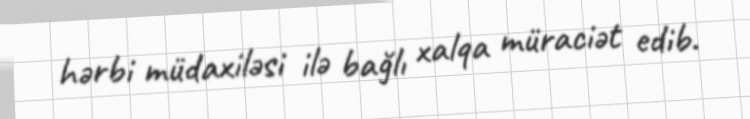
hərbi müdaxiləsi ilə bağlı xalqa müraciət edib.